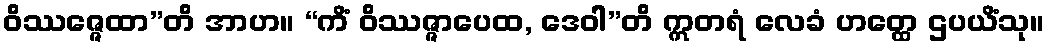
ဝိဿဇ္ဇေထာ”တိ အာဟ။ “ကိံ ဝိဿဇ္ဇာပေထ, ဒေဝါ”တိ ဣတရံ လေခံ ဟတ္ထေ ဌပယိံသု။